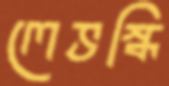
লেভস্কি